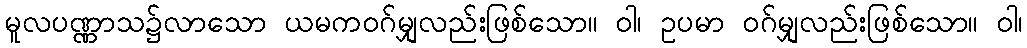
မူလပဏ္ဏာသ၌လာသော ယမကဝဂ်မျှလည်းဖြစ်သော။ ဝါ၊ ဥပမာ ဝဂ်မျှလည်းဖြစ်သော။ ဝါ၊